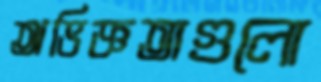
অভিজ্ঞতাগুলো